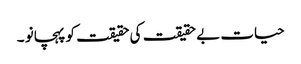
حیات بے حقیقت کی حقیقت کو پہچانو ۔